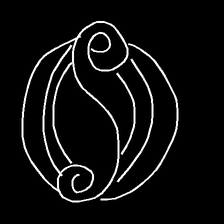
Glyph: wind-underfoot